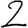
Digit: 2